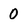
Character: 0